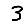
Digit: 3